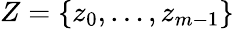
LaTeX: Z=\{ z_{0},\ldots,z_{m-1}\}